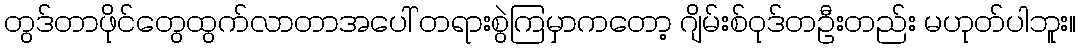
တွဒ်တာဖိုင်တွေထွက်လာတာအပေါ် တရားစွဲကြမှာကတော့ ဂျိမ်းစ်ဝုဒ်တဦးတည်း မဟုတ်ပါဘူး။